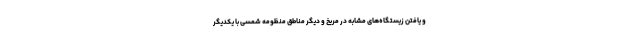
و یافتن زیستگاه‌های مشابه در مریخ و دیگر مناطق منظومه شمسی با یکدیگر